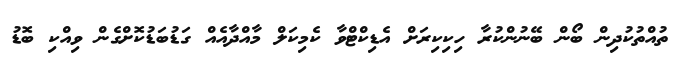
ތުއްތުކުދިން ބޯން ބޭނުންކުރާ ހިކިކިރަށް އެޑިކްޓްވާ ކެމިކަލް މާއްދާއެއް ގަޑުބަޑުކޮށްގެން ވިއްކި ބޮޑު